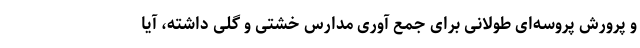
و پرورش پروسه‌ای طولانی برای جمع آوری مدارس خشتی و گلی داشته، آیا